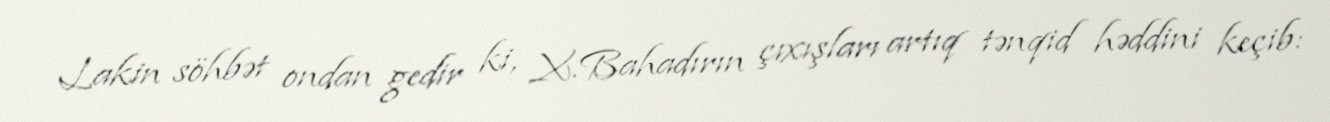
Lakin söhbət ondan gedir ki, X.Bahadırın çıxışları artıq tənqid həddini keçib: